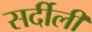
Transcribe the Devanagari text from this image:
सर्दीली